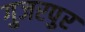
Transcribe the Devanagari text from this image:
गुजरपुर